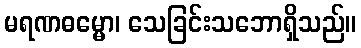
မရဏဓမ္မော၊ သေခြင်းသဘောရှိသည်။